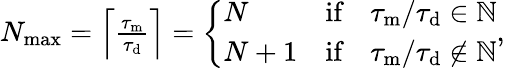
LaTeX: \begin{array}{r}{N_{\mathrm{max}}=\left\lceil\frac{\tau_{\mathrm{m}}}{\tau_{\mathrm{d}}}\right\rceil=\left\{ \begin{array}{lcl}{N}&{\textrm{if}}&{\tau_{\mathrm{m}}/\tau_{\mathrm{d}}\in\mathbb{N}}\\ {N+1}&{\textrm{if}}&{\tau_{\mathrm{m}}/\tau_{\mathrm{d}}\notin\mathbb{N}}\end{array}\right.,}\end{array}